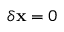
\delta \mathbf { x } = 0